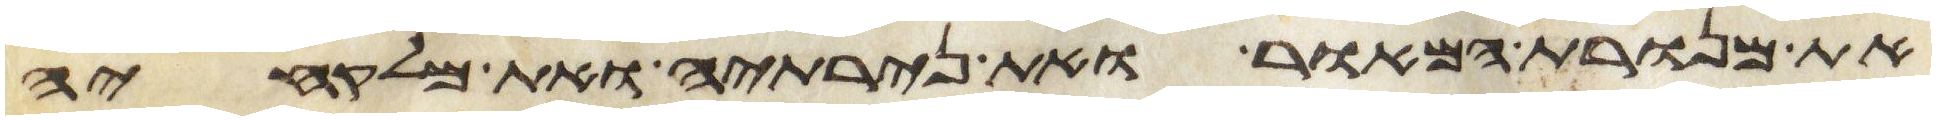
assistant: את מנורת המאור ואת נרתיה ואת מלקחיה